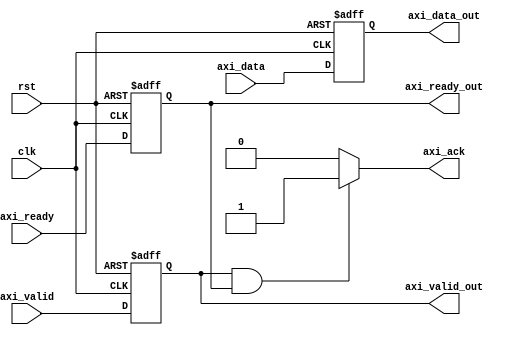
module AXI_controller (
    input wire clk,
    input wire rst,
    // AXI bus signals
    input wire [31:0] axi_data,
    input wire axi_valid,
    input wire axi_ready,
    output wire axi_ack,
    output reg [31:0] axi_data_out,
    output reg axi_valid_out,
    output reg axi_ready_out
);

// Clock domain crossing module
always @(posedge clk or posedge rst) begin
    if (rst) begin
        axi_data_out <= 32'd0;
        axi_valid_out <= 1'b0;
        axi_ready_out <= 1'b0;
    end else begin
        axi_data_out <= axi_data;
        axi_valid_out <= axi_valid;
        axi_ready_out <= axi_ready;
    end
end

// Flow control logic
always @* begin
    if (axi_valid_out && axi_ready_out) begin
        axi_ack <= 1'b1;
    end else begin
        axi_ack <= 1'b0;
    end
end

endmodule